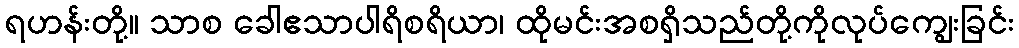
ရဟန်းတို့။ သာစ ခေါဧသာပါရိစရိယာ၊ ထိုမင်းအစရှိသည်တို့ကိုလုပ်ကျွေးခြင်း